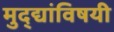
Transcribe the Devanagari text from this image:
मुद्द्यांविषयी